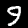
Label: 9